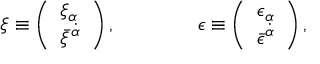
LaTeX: \xi \equiv \left( \begin{array} { l } { { \xi _ { \alpha } } } \\ { { \bar { \xi } ^ { \dot { \alpha } } } } \end{array} \right) , \qquad \qquad \epsilon \equiv \left( \begin{array} { l } { { \epsilon _ { \alpha } } } \\ { { \bar { \epsilon } ^ { \dot { \alpha } } } } \end{array} \right) ,